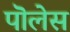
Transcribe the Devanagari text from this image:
पॊलेस